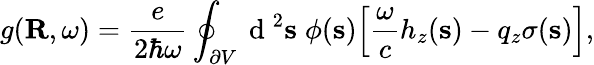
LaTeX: g(\mathbf{R},\omega)=\frac{e}{2\hbar\omega}\oint_{\partial V}\mathrm{~d~}^{2}\mathbf{s}\; \phi(\mathbf{s})\Big[\frac{\omega}{c}h_{z}(\mathbf{s})-q_{z}\sigma(\mathbf{s})\Big],